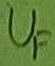
Text: UF